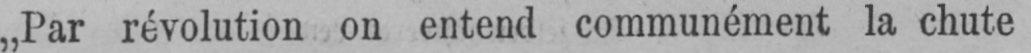
„Par révolution on entend communément la chute